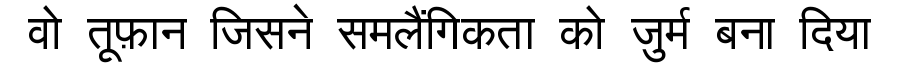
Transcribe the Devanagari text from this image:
वो तूफ़ान जिसने समलैंगिकता को जुर्म बना दिया